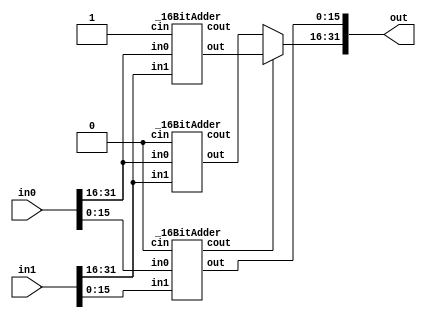


module adder32(in0, in1, out);
	input [31:0] in0, in1;
	wire cin;
	output [31:0] out;
	wire cout;
	
	wire tempLowCout;
	wire [15:0] out_0, out_1;
	wire cout_0, cout_1;
	
	
	//perform low 16-bit 
	_16BitAdder lo(in0[15:0], in1[15:0], out[15:0], cin, tempLowCout);
	
	
	//perform high 16-bit
	_16BitAdder hi_0(in0[31:16], in1[31:16], out_0, 1'b0, cout_0);
	_16BitAdder hi_1(in0[31:16], in1[31:16], out_1, 1'b1, cout_1);
	
	assign out[31:16] = (tempLowCout == 1'b0) ? out_0 : out_1;
	assign cout       = (tempLowCout == 1'b0) ? cout_0 : cout_1;
	


endmodule

module _16BitAdder(in0, in1, out, cin, cout);
	input [15:0] in0, in1;
	input cin;
	
	output [15:0] out;
	output cout;
	
	wire tempLowCout;
	wire [7:0] out_0, out_1;
	wire cout_0, cout_1;
	
	
	//perform low 8-bit 
	eightBitAdder lo(in0[7:0], in1[7:0], out[7:0], cin, tempLowCout);
	
	
	//perform high 8-bit
	eightBitAdder hi_0(in0[15:8], in1[15:8], out_0, 1'b0, cout_0);
	eightBitAdder hi_1(in0[15:8], in1[15:8], out_1, 1'b1, cout_1);
	
	assign out[15:8] = (tempLowCout == 1'b0) ? out_0 : out_1;
	assign cout      = (tempLowCout == 1'b0) ? cout_0 : cout_1;
	
endmodule

module eightBitAdder(in0, in1, out, cin, cout);
	input [7:0] in0, in1;
	input cin;
	
	output [7:0] out;
	output cout;
	
	wire tempLowCout;
	wire [3:0] out_0, out_1;
	wire cout_0, cout_1;
	
	
	//perform low 4-bit 
	fourBitAdder lo(in0[3:0], in1[3:0], out[3:0], cin, tempLowCout);
	
	
	//perform high 4-bit
	fourBitAdder hi_0(in0[7:4], in1[7:4], out_0, 1'b0, cout_0);
	fourBitAdder hi_1(in0[7:4], in1[7:4], out_1, 1'b1, cout_1);
	
	assign out[7:4] = (tempLowCout == 1'b0) ? out_0 : out_1;
	assign cout     = (tempLowCout == 1'b0) ? cout_0 : cout_1;	

endmodule

module fourBitAdder(in0, in1, out, cin, cout);
	input [3:0] in0, in1;
	input cin;
	
	output [3:0] out;
	output cout;
	
	wire tempLowCout;
	wire [1:0] out_0, out_1;
	wire cout_0, cout_1;
	
	
	//perform low 2-bit 
	twoBitAdder lo(in0[1:0], in1[1:0], out[1:0], cin, tempLowCout);
	
	
	//perform high 2-bit
	twoBitAdder hi_0(in0[3:2], in1[3:2], out_0, 1'b0, cout_0);
	twoBitAdder hi_1(in0[3:2], in1[3:2], out_1, 1'b1, cout_1);
	
	assign out[3:2] = (tempLowCout == 1'b0) ? out_0 : out_1;
	assign cout     = (tempLowCout == 1'b0) ? cout_0 : cout_1;
	
endmodule

//assert that twoBit is all right ? yes or no


//to constrcut the 2-bit adder
module twoBitAdder(in0, in1, out, cin, cout);
	input [1:0] in0, in1;
	input cin;
	
	output [1:0] out;
	output cout;
	
	wire tempLowCout;
	wire out_0, out_1;
	wire cout_0, cout_1;
	
	//low bit
	oneBitAdder loBit(in0[0], in1[0], out[0], cin, tempLowCout);
	
	//high bit
	oneBitAdder hiBit_0(in0[1], in1[1], out_0, 1'b0, cout_0);
	oneBitAdder hiBit_1(in0[1], in1[1], out_1, 1'b1, cout_1);
	
	assign out[1] = tempLowCout == 1'b0 ? out_0  : out_1;
	assign cout   = tempLowCout == 1'b0 ? cout_0 : cout_1;
	
endmodule


module oneBitAdder(in0, in1, out, cin, cout);
	input in0, in1, cin;	
	output out, cout;
	wire w1, w2, w3;
	
	xor xor_1(w1, in0, in1);
	xor xor_2(out, w1, cin);
	
	nand nand_1(w2, in0, in1);
	nand nand_2(w3, cin, w1);
	nand nand_3(cout, w2, w3);
	
endmodule